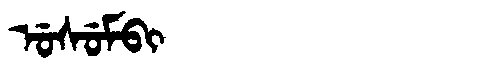
Manchu: ᡠᠰᡠᠮᠪᡳ
Romanization: USUMBI